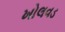
ખોલવડ